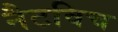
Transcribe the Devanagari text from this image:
नैटविच